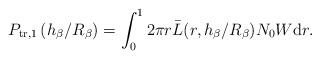
LaTeX: \begin{align*}P_{\rm{tr},1}\left({h_\beta}/{R_{\beta}}\right) = \int_{0}^{1} 2\pi r \bar{L}(r,h_\beta/R_{\beta})N_0 W {\rm{d}} r.\end{align*}